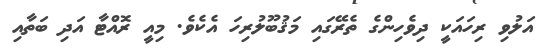
އަލުވި ރިހައަކީ ދިވެހިންގެ ތެރޭގައި މަޤުބޫލުރިހަ އެކެވެ. މިއީ ރޮއްޓާ އަދި ބަތާއި